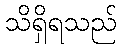
သိရှိရသည်